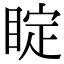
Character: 𥇓